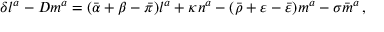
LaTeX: \delta l ^ { a } - D m ^ { a } = ( { \bar { \alpha } } + \beta - { \bar { \pi } } ) l ^ { a } + \kappa n ^ { a } - ( { \bar { \rho } } + \varepsilon - { \bar { \varepsilon } } ) m ^ { a } - \sigma { \bar { m } } ^ { a } \, ,